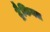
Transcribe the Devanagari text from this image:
ट्रैकियल